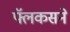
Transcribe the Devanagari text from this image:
फ्लॅकसने